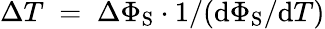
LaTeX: \Delta T\; =\; \Delta\Phi_{\mathrm{S}}\cdot 1/(\mathrm{d}\Phi_{\mathrm{S}}/\mathrm{d}T)